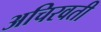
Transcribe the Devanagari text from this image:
अचिरवती